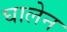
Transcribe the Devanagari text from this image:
घालेन